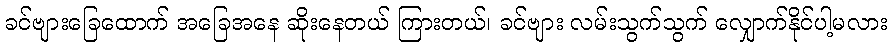
ခင်ဗျားခြေထောက် အခြေအနေ ဆိုးနေတယ် ကြားတယ်၊ ခင်ဗျား လမ်းသွက်သွက် လျှောက်နိုင်ပါ့မလား